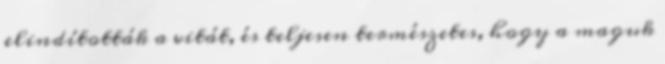
elindították a vitát, és teljesen természetes, hogy a maguk